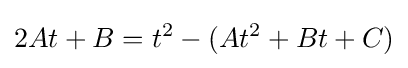
2At+B=t^{2}-(At^{2}+Bt+C)